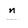
Character: n